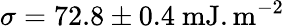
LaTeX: \sigma=72.8\pm 0.4~\mathrm{mJ.m^{-2}}